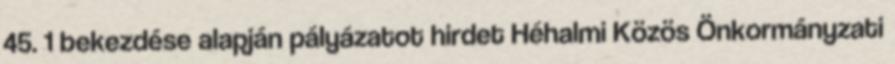
45. 1 bekezdése alapján pályázatot hirdet Héhalmi Közös Önkormányzati